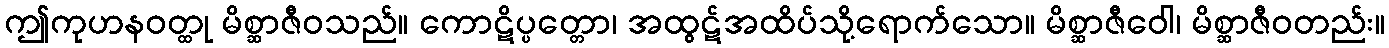
ဤကုဟနဝတ္ထု မိစ္ဆာဇီဝသည်။ ကောဋိပ္ပတ္တော၊ အထွဋ်အထိပ်သို့ရောက်သော။ မိစ္ဆာဇီဝေါ၊ မိစ္ဆာဇီဝတည်း။